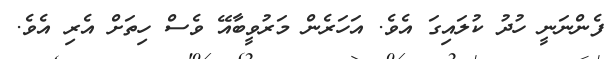
ފެންނަނީ ހުދު ކުލައިގަ އެވެ. އަހަރެން މަރުވީބާއޭ ވެސް ހިތަށް އެރި އެވެ.